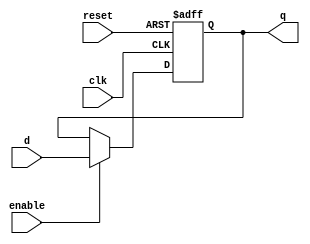
module ff #(

parameter WHIDT = 32
)
(
		input		[WHIDT-1 : 0] d, 
		input 	clk, 
		input		reset, 
		input		enable,
		output 	[WHIDT-1 : 0] q
);
		reg 		[WHIDT-1 : 0] q6;
		
   always @(posedge clk or negedge reset) begin
      if (!reset)
         q6 <= 0;
      else if(enable)
         q6 <= d;
   end
  assign q = q6;
endmodule